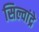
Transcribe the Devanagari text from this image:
सिल्वांद्रे